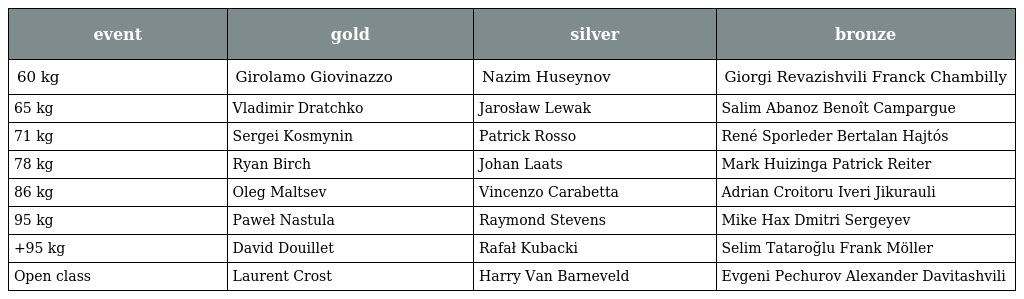
| event | gold | silver | bronze |
 | --- | --- | --- | --- |
 | 60 kg | Girolamo Giovinazzo | Nazim Huseynov | Giorgi Revazishvili Franck Chambilly |
 | 65 kg | Vladimir Dratchko | Jarosław Lewak | Salim Abanoz Benoît Campargue |
 | 71 kg | Sergei Kosmynin | Patrick Rosso | René Sporleder Bertalan Hajtós |
 | 78 kg | Ryan Birch | Johan Laats | Mark Huizinga Patrick Reiter |
 | 86 kg | Oleg Maltsev | Vincenzo Carabetta | Adrian Croitoru Iveri Jikurauli |
 | 95 kg | Paweł Nastula | Raymond Stevens | Mike Hax Dmitri Sergeyev |
 | +95 kg | David Douillet | Rafał Kubacki | Selim Tataroğlu Frank Möller |
 | Open class | Laurent Crost | Harry Van Barneveld | Evgeni Pechurov Alexander Davitashvili |